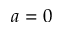
a = 0